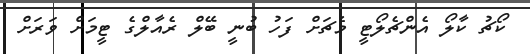
ކޯޗު ކާލޯ އެންޗެލޯޓީ މެޗަށް ފަހު ބުނީ ބޭލް ރެއާލްގެ ޓީމަށް ވަރަށް